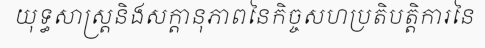
យុទ្ធសាស្ត្រនិងសក្តានុភាពនៃកិច្ចសហប្រតិបត្តិការនៃ